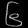
Digit: ၆